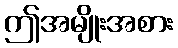
ဤအမျိုးအစား